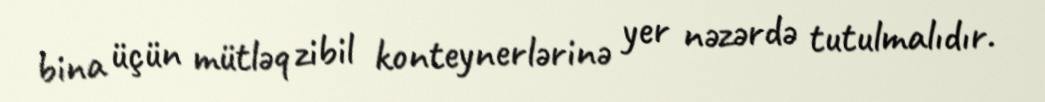
bina üçün mütləq zibil konteynerlərinə yer nəzərdə tutulmalıdır.